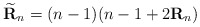
\begin{align*}\widetilde{\mathbf{R}}_{n} = (n-1)(n-1 + 2\mathbf{R}_{n})\end{align*}